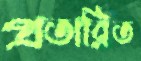
প্রতারিত